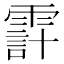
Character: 𩄊